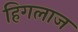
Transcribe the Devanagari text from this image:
हिगलाज